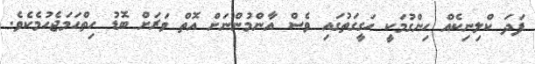
ފަދަ ކްލިނިކެއް ހިންގުމަކީ ހަގީގަތުގައި ވެސް އާންމުންނަށް އޮތް ވަރަށް ބޮޑު ހިތްހަމަޖެހުމެކެވެ.